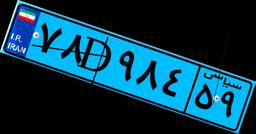
۷۸D۹۸۴۵۹